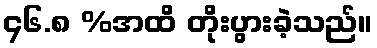
၄၆.၈ %အထိ တိုးပွားခဲ့သည်။